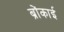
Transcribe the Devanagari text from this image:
ब्रोंकाई